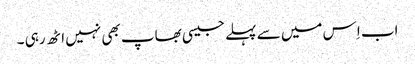
اب اِس میں سے پہلے جیسی بھاپ بھی نہیں اٹھ رہی ۔